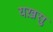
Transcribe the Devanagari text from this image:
यख़सु